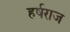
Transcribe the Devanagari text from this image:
हर्षराज